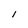
Character: I